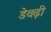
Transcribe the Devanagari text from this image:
डेवढ़ी